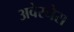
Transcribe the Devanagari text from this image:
अवेरनेस